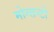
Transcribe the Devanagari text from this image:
मोन्सन्टो